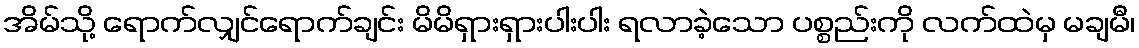
အိမ်သို့ ရောက်လျှင်ရောက်ချင်း မိမိရှားရှားပါးပါး ရလာခဲ့သော ပစ္စည်းကို လက်ထဲမှ မချမီ၊